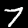
Digit: 7